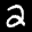
Label: 2